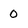
Character: 0